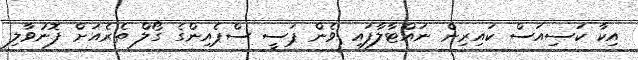
އިކާ ކަސިއަސް ކައިރިން ނައްޓާލާފައި ވެން ޕަސީ ސްޕެއިންގެ ގޯލް ތެރެއަށް ފޮނުވާލި